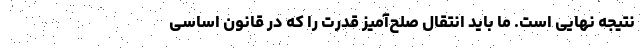
نتیجه نهایی است. ما باید انتقال صلح‌آمیز قدرت را که در قانون اساسی